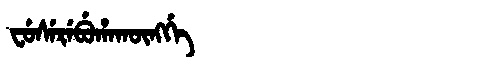
Manchu: ᠸᡠᠰᡝᡵᡝᠪᡠᡥᠠᡴᡡᠩᡤᡝ
Romanization: FUSEREBUHAKŪNGGE